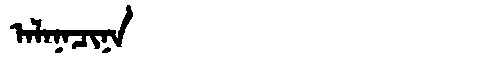
Manchu: ᠠᠯᠠᠨᠠᠴᡳᠨᠠ
Romanization: ALANACINA